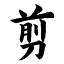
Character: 剪